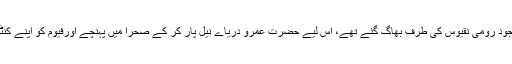
فیوم میں موجود رومی نقیوس کی طرف بھاگ گئے تھے، اس لیے حضرت عمرو دریاے نیل پار کر کے صحرا میں پہنچے اورفیوم کو اپنے کنٹرول میں لیا۔